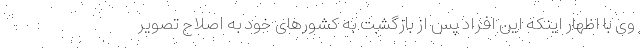
وی با اظهار اینکه این افراد پس از بازگشت به کشورهای خود به اصلاح تصویر